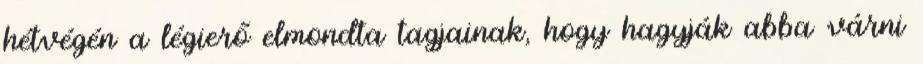
hétvégén a légierő elmondta tagjainak, hogy hagyják abba várni